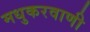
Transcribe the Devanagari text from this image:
मधुकरवाणी